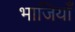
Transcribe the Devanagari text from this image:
भाजियाँ